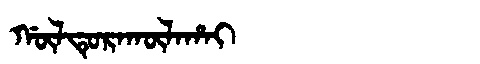
Manchu: ᡤᡡᠯᡨᡠᡵᠠᡴᡡᠯᠠᡥᠠᡳ
Romanization: GŪLTURAKŪLAHAI